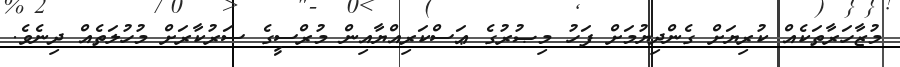
މުޒާހަރާތަކެއް ކުރިޔަށް ގެންދިޔުމަށް ފަހު މިޞުރުގެ ޢަސްކަރިއްޔާއިން މުރްސީގެ ސަރުކާރަށް މުހުލަތެއް ދިނެވެ.